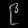
Digit: ၉